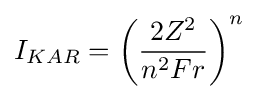
I_{KAR}=\left({\frac {2Z^{2}}{n^{2}Fr}}\right)^{n}